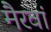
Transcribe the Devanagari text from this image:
मैरवां